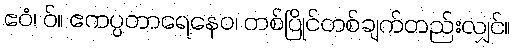
ဧဝံ၊ ဝ်။ ဧကပ္ပတာရေနေဝ၊ တစ်ပြိုင်တစ်ချက်တည်းလျှင်။